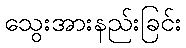
သွေးအားနည်းခြင်း